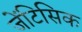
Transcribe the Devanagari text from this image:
जेंटिसिक